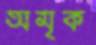
অমৃক